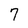
Character: 7